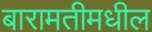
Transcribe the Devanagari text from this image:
बारामतीमधील